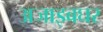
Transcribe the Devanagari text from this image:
अजाइबघर